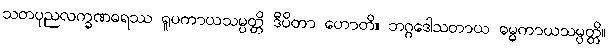
သတပုညလက္ခဏဓရဿ ရူပကာယသမ္ပတ္တိ ဒီပိတာ ဟောတိ။ ဘဂ္ဂဒေါသတာယ ဓမ္မကာယသမ္ပတ္တိ။